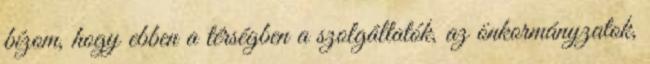
bízom, hogy ebben a térségben a szolgáltatók, az önkormányzatok,